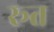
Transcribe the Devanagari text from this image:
रूत